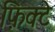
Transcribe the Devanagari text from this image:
फ़िक्टे